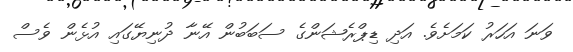
ވަނަ އަހަރު ކަމަށެވެ. އަދި ޑިޕްރެޝަންގެ ސަބަބުން އޭނާ ދުނިޔޭގައި އުޅެން ވެސް